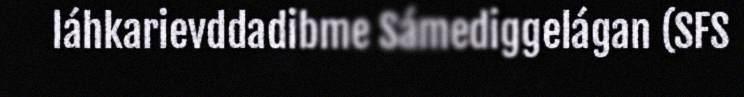
láhkarievddadibme Sámediggelágan (SFS